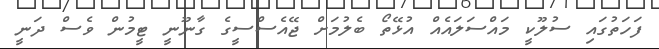
ފަހަތުގައި ސުލޫކީ މައްސަލައެއް އުޅޭތޯ ބެލުމަށް ޖޭއެސްސީގެ ގާނޫނީ ޓީމުން ވެސް ދަނީ